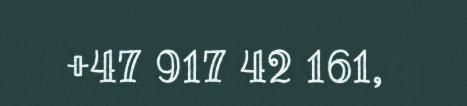
+47 917 42 161,